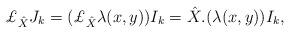
LaTeX: \begin{align*}{\pounds}_{\hat{X}}{J_k} =({\pounds}_{\hat{X}}\lambda(x,y))I_{k}=\hat{X}.(\lambda(x,y))I_{k},\end{align*}